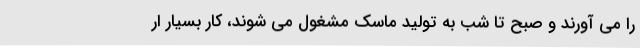
را می آورند و صبح تا شب به تولید ماسک مشغول می شوند، کار بسیار ار